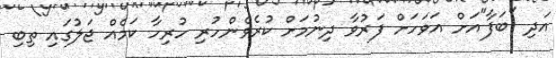
އަދި "ބަފާ"އަށް އަވަހަށް ފަރުވާ ދިނުމަށް ކުރެވެންހުރި ހުރިހާ ކަމެއް ޖަލުގައި ތިބި